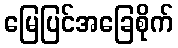
မြေပြင်အခြေစိုက်